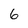
Character: 6